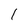
Character: l